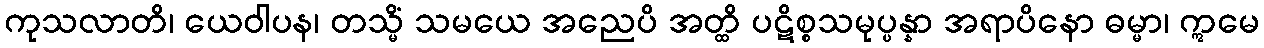
ကုသလာတိ၊ ယေဝါပန၊ တသ္မိံ သမယေ အညေပိ အတ္ထိ ပဋိစ္စသမုပ္ပန္နာ အရာပိနော ဓမ္မာ၊ ဣမေ